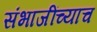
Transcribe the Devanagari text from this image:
संभाजींच्याच